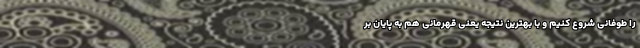
را طوفانی شروع کنیم و با بهترین نتیجه یعنی قهرمانی هم به پایان بر